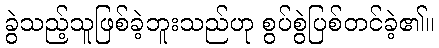
ခွဲသည့်သူဖြစ်ခဲ့ဘူးသည်ဟု စွပ်စွဲပြစ်တင်ခဲ့၏။